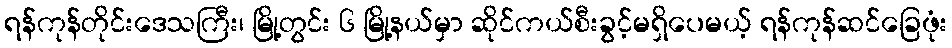
ရန်ကုန်တိုင်းဒေသကြီး၊ မြို့တွင်း ၆ မြို့နယ်မှာ ဆိုင်ကယ်စီးခွင့်မရှိပေမယ့် ရန်ကုန်ဆင်ခြေဖုံး